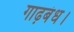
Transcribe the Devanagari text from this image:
गाढ़बंध।